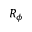
R _ { \phi }